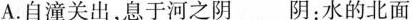
A.自潼关出，息于河之阴阴：水的北面